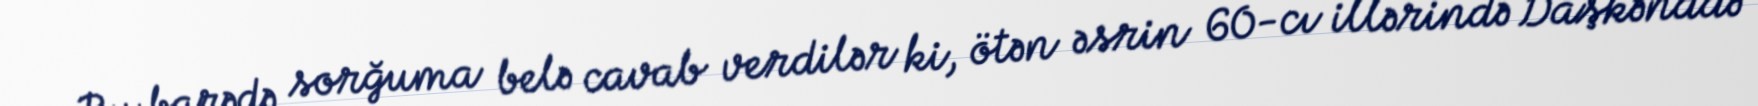
Bu barədə sorğuma belə cavab verdilər ki, ötən əsrin 60-cı illərində Daşkənddə